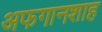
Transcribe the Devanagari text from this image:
अफगानशाह